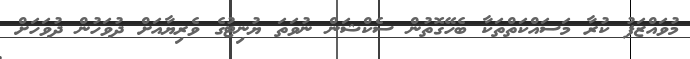
މުވައްޒަފު ކުރާ މަސައްކަތްތަކާ ބެހޭގޮތުން ސެކްޝަން ނުވަތަ ޔުނިޓުގެ ވެރިޔާއަށް ދުވަހުން ދުވަހަށް